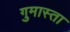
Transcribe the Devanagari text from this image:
गुमास्ता